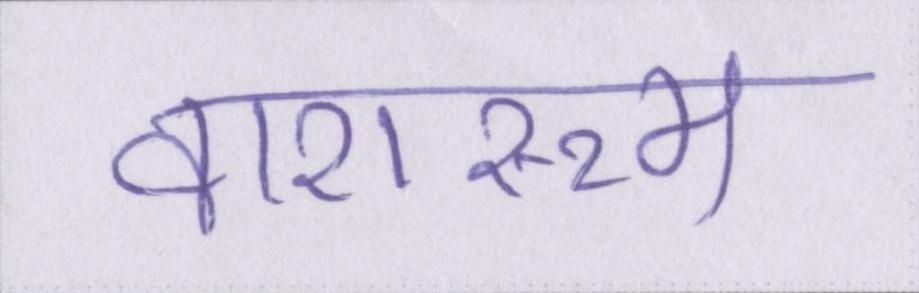
वाशरूम